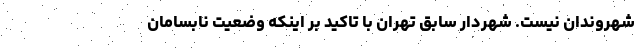
شهروندان نیست. شهردار سابق تهران با تاکید بر اینکه وضعیت نابسامان